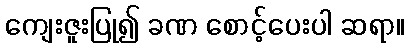
ကျေးဇူးပြု၍ ခဏ စောင့်ပေးပါ ဆရာ။